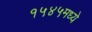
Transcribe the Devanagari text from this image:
१५४५मध्ये